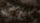
الأوردة